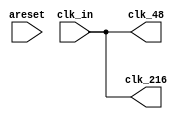
`timescale 1 ps / 1 ps
module PLL (
    input areset,
    input clk_in,
    output clk_48,
    output clk_216
);

    `ifdef IS_ALTERA
    wire [4:0] out_clks;
    wire [0:0] sub_wire4 = 1'h0;
    assign clk_48 = out_clks[0];
    assign clk_216 = out_clks[1];

    altpll altpll_component (
                .areset (areset),
                .inclk ({1'b0, clk_in}),
                .clk (out_clks),
                .activeclock (),
                .clkbad (),
                .clkena ({6{1'b1}}),
                .clkloss (),
                .clkswitch (1'b0),
                .configupdate (1'b0),
                .enable0 (),
                .enable1 (),
                .extclk (),
                .extclkena ({4{1'b1}}),
                .fbin (1'b1),
                .fbmimicbidir (),
                .fbout (),
                .fref (),
                .icdrclk (),
                .locked (),
                .pfdena (1'b1),
                .phasecounterselect ({4{1'b1}}),
                .phasedone (),
                .phasestep (1'b1),
                .phaseupdown (1'b1),
                .pllena (1'b1),
                .scanaclr (1'b0),
                .scanclk (1'b0),
                .scanclkena (1'b1),
                .scandata (1'b0),
                .scandataout (),
                .scandone (),
                .scanread (1'b0),
                .scanwrite (1'b0),
                .sclkout0 (),
                .sclkout1 (),
                .vcooverrange (),
                .vcounderrange ());
    defparam
        altpll_component.bandwidth_type = "AUTO",
        altpll_component.clk0_divide_by = 25,
        altpll_component.clk0_duty_cycle = 50,
        altpll_component.clk0_multiply_by = 24,
        altpll_component.clk0_phase_shift = "0",
        altpll_component.clk1_divide_by = 25,
        altpll_component.clk1_duty_cycle = 50,
        altpll_component.clk1_multiply_by = 108,
        altpll_component.clk1_phase_shift = "12860",
        altpll_component.compensate_clock = "CLK0",
        altpll_component.inclk0_input_frequency = 20000,
        altpll_component.intended_device_family = "Cyclone IV E",
        altpll_component.lpm_hint = "CBX_MODULE_PREFIX=PLL2",
        altpll_component.lpm_type = "altpll",
        altpll_component.operation_mode = "NORMAL",
        altpll_component.pll_type = "AUTO",
        altpll_component.port_activeclock = "PORT_UNUSED",
        altpll_component.port_areset = "PORT_USED",
        altpll_component.port_clkbad0 = "PORT_UNUSED",
        altpll_component.port_clkbad1 = "PORT_UNUSED",
        altpll_component.port_clkloss = "PORT_UNUSED",
        altpll_component.port_clkswitch = "PORT_UNUSED",
        altpll_component.port_configupdate = "PORT_UNUSED",
        altpll_component.port_fbin = "PORT_UNUSED",
        altpll_component.port_inclk0 = "PORT_USED",
        altpll_component.port_inclk1 = "PORT_UNUSED",
        altpll_component.port_locked = "PORT_UNUSED",
        altpll_component.port_pfdena = "PORT_UNUSED",
        altpll_component.port_phasecounterselect = "PORT_UNUSED",
        altpll_component.port_phasedone = "PORT_UNUSED",
        altpll_component.port_phasestep = "PORT_UNUSED",
        altpll_component.port_phaseupdown = "PORT_UNUSED",
        altpll_component.port_pllena = "PORT_UNUSED",
        altpll_component.port_scanaclr = "PORT_UNUSED",
        altpll_component.port_scanclk = "PORT_UNUSED",
        altpll_component.port_scanclkena = "PORT_UNUSED",
        altpll_component.port_scandata = "PORT_UNUSED",
        altpll_component.port_scandataout = "PORT_UNUSED",
        altpll_component.port_scandone = "PORT_UNUSED",
        altpll_component.port_scanread = "PORT_UNUSED",
        altpll_component.port_scanwrite = "PORT_UNUSED",
        altpll_component.port_clk0 = "PORT_USED",
        altpll_component.port_clk1 = "PORT_UNUSED",
        altpll_component.port_clk2 = "PORT_UNUSED",
        altpll_component.port_clk3 = "PORT_UNUSED",
        altpll_component.port_clk4 = "PORT_UNUSED",
        altpll_component.port_clk5 = "PORT_UNUSED",
        altpll_component.port_clkena0 = "PORT_UNUSED",
        altpll_component.port_clkena1 = "PORT_UNUSED",
        altpll_component.port_clkena2 = "PORT_UNUSED",
        altpll_component.port_clkena3 = "PORT_UNUSED",
        altpll_component.port_clkena4 = "PORT_UNUSED",
        altpll_component.port_clkena5 = "PORT_UNUSED",
        altpll_component.port_extclk0 = "PORT_UNUSED",
        altpll_component.port_extclk1 = "PORT_UNUSED",
        altpll_component.port_extclk2 = "PORT_UNUSED",
        altpll_component.port_extclk3 = "PORT_UNUSED",
        altpll_component.width_clock = 5;
    `else
        assign clk_48 = clk_in;
        assign clk_216 = clk_in;
    `endif

endmodule